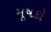
મૂષકો